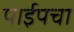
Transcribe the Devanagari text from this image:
पाईपचा